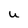
Character: U